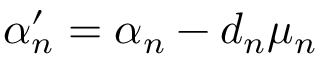
\alpha _ { n } ^ { \prime } = \alpha _ { n } - d _ { n } \mu _ { n }